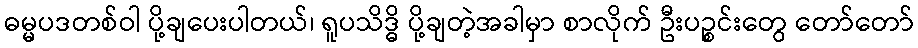
ဓမ္မပဒတစ်ဝါ ပို့ချပေးပါတယ်၊ ရူပသိဒ္ဓိ ပို့ချတဲ့အခါမှာ စာလိုက် ဦးပဉ္စင်းတွေ တော်တော်